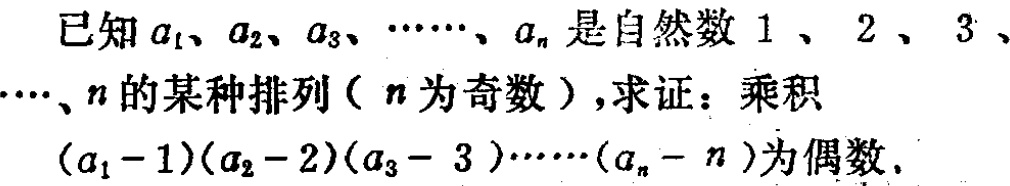
已知\(a_{1}、a_{2}、a_{3}、\cdots、a_{n}\)是自然数\(1、2、3、\cdots、n\)的某种排列（\(n\)为奇数），求证：乘积\((a_{1} - 1)(a_{2} - 2)(a_{3} - 3)\cdots(a_{n} - n)\)为偶数。